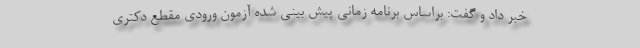
خبر داد و گفت: براساس برنامه زمانی پیش بینی شده آزمون ورودی مقطع دکتری